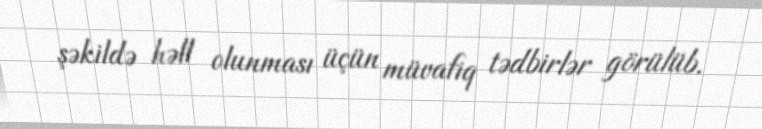
şəkildə həll olunması üçün müvafiq tədbirlər görülüb.